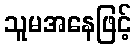
သူမအနေဖြင့်